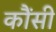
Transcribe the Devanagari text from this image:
कौंसी